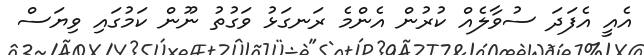
އެއީ އެފަދަ ސުވާލެއް ކުރުން އެންމެ ރަނގަޅު ވަގުތު ނޫން ކަމުގައި ވިޔަސް